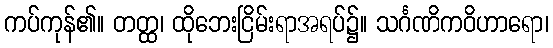
ကပ်ကုန်၏။ တတ္ထ၊ ထိုဘေးငြိမ်းရာအရပ်၌။ သင်္ဂဏိကဝိဟာရော၊